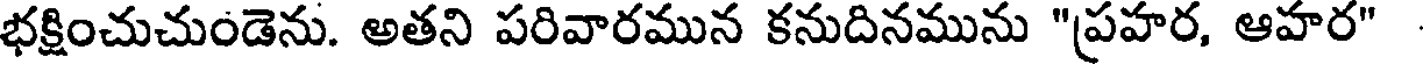
భక్షించుచుండెను. అతని పరివారమున కనుదినమును "ప్రహర, ఆహర"